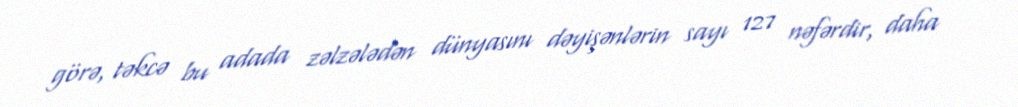
görə, təkcə bu adada zəlzələdən dünyasını dəyişənlərin sayı 127 nəfərdir, daha